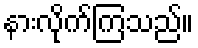
နားလိုက်ကြသည်။